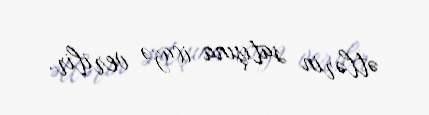
ətlərin satışına icazə verilir.